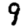
Digit: 9